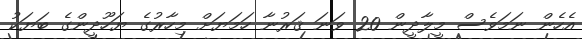
އެހެން ނަމަވެސް މީލާދީން 20 ވަނަ ޤަރުނާ ހަމަޔަށް މިހާރުގެ ޔަހޫދީންގެ ބަޔަކު